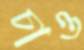
চাও